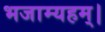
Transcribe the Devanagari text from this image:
भजाम्यहम्।